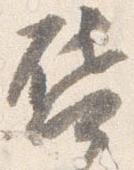
啓